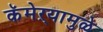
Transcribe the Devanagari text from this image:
कॅमेऱ्यामुळे